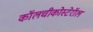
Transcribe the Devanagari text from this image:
कॉलचीकोस्टेरॉल